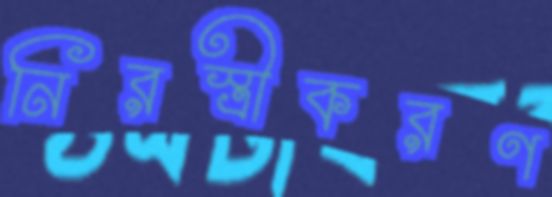
নিরস্ত্রীকরণ